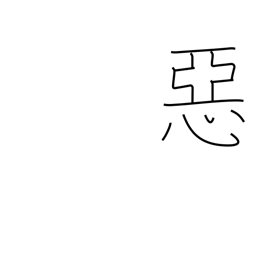
Meaning: evil